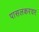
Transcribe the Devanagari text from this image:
पासलकरवर